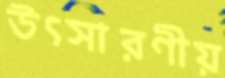
উৎসারণীয়